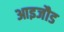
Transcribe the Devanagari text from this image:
आइजौड